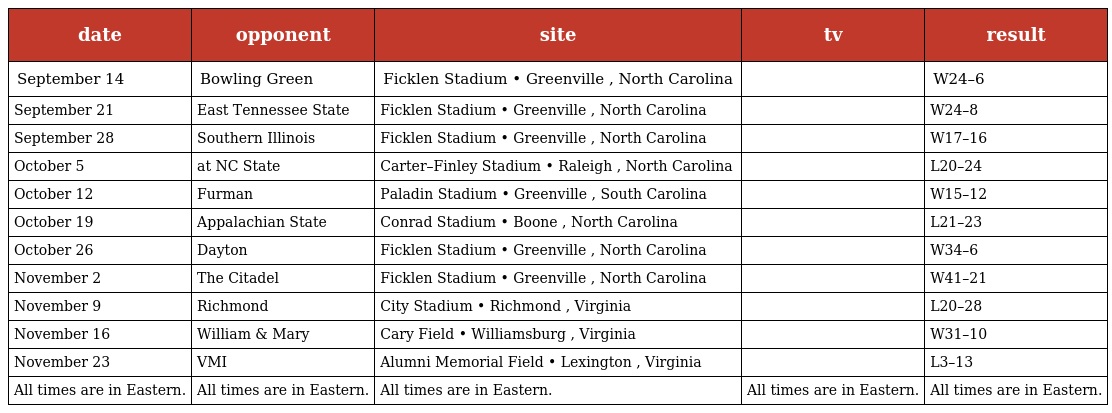
| date | opponent | site | tv | result |
 | --- | --- | --- | --- | --- |
 | September 14 | Bowling Green | Ficklen Stadium • Greenville , North Carolina |  | W24–6 |
 | September 21 | East Tennessee State | Ficklen Stadium • Greenville , North Carolina |  | W24–8 |
 | September 28 | Southern Illinois | Ficklen Stadium • Greenville , North Carolina |  | W17–16 |
 | October 5 | at NC State | Carter–Finley Stadium • Raleigh , North Carolina |  | L20–24 |
 | October 12 | Furman | Paladin Stadium • Greenville , South Carolina |  | W15–12 |
 | October 19 | Appalachian State | Conrad Stadium • Boone , North Carolina |  | L21–23 |
 | October 26 | Dayton | Ficklen Stadium • Greenville , North Carolina |  | W34–6 |
 | November 2 | The Citadel | Ficklen Stadium • Greenville , North Carolina |  | W41–21 |
 | November 9 | Richmond | City Stadium • Richmond , Virginia |  | L20–28 |
 | November 16 | William & Mary | Cary Field • Williamsburg , Virginia |  | W31–10 |
 | November 23 | VMI | Alumni Memorial Field • Lexington , Virginia |  | L3–13 |
 | All times are in Eastern. | All times are in Eastern. | All times are in Eastern. | All times are in Eastern. | All times are in Eastern. |